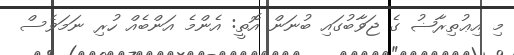
މި އިޢުތިރާޟު ގެ ޖަވާބުގައި ބުނަން އޮތީ: އެންމެ އަންބެއް ހުރި ނަމަވެސް